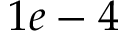
1 e - 4